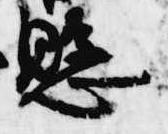
懸